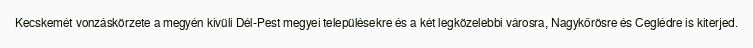
Kecskemét vonzáskörzete a megyén kívüli Dél-Pest megyei településekre és a két legközelebbi városra, Nagykőrösre és Ceglédre is kiterjed.